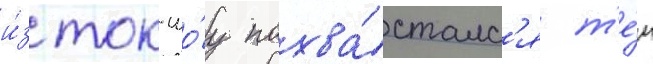
и́з ток-шо́у похва́сталс'я т'е́м